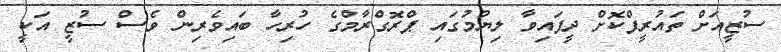
ސުޒީއަށް ތައުރީފްކޮށް ދީފައިވާ ލިޔުމުގައި ޕްރޮގްރާމްގެ ހުރިހާ ބައިވެރިން ވެސް ސުޒީ އަކީ